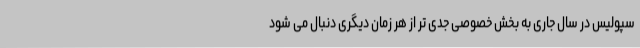
سپولیس در سال جاری به بخش خصوصی جدی تر از هر زمان دیگری دنبال می شود